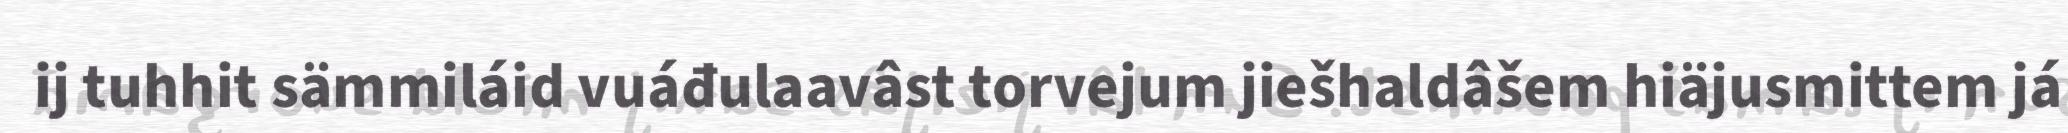
ij tuhhit sämmiláid vuáđulaavâst torvejum jiešhaldâšem hiäjusmittem já